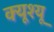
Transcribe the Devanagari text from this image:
क्यूश्यू